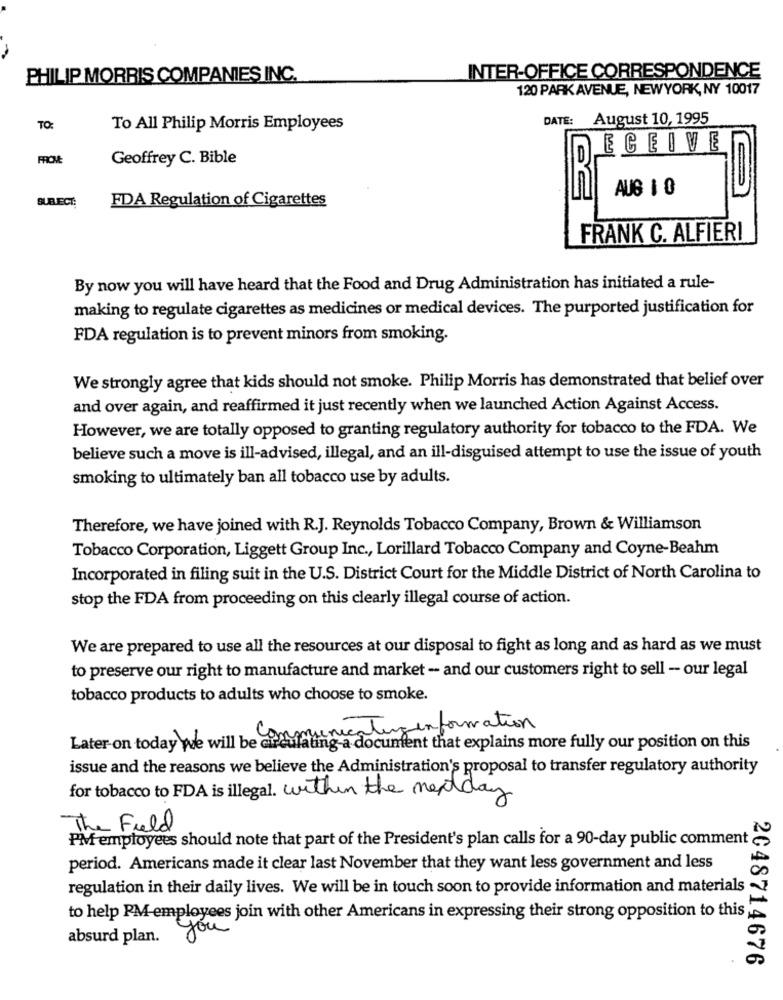
PHILIP MORRIS COMPANIES INC.
INTER-OFFICE CORRESPONDENCE
120 PARK AVENUE, NEWYORK, NY 10017
DATE: August 10, 1995
TO:
To All Philip Morris Employees
ECEIVE
FROM
Geoffrey C. Bible
AUG 1 0
FDA Regulation of Cigarettes
FRANK C. ALFIERI
By now you will have heard that the Food and Drug Administration has initiated a rule-
making to regulate cigarettes as medicines or medical devices. The purported justification for
FDA regulation is to prevent minors from smoking.
We strongly agree that kids should not smoke. Philip Morris has demonstrated that belief over
and over again, and reaffirmed it just recently when we launched Action Against Access.
However, we are totally opposed to granting regulatory authority for tobacco to the FDA. We
believe such a move is ill-advised, illegal, and an ill-disguised attempt to use the issue of youth
smoking to ultimately ban all tobacco use by adults.
Therefore, we have joined with R.J. Reynolds Tobacco Company, Brown & Williamson
Tobacco Corporation, Liggett Group Inc ., Lorillard Tobacco Company and Coyne-Beahm
Incorporated in filing suit in the U.S. District Court for the Middle District of North Carolina to
stop the FDA from proceeding on this clearly illegal course of action.
We are prepared to use all the resources at our disposal to fight as long and as hard as we must
to preserve our right to manufacture and market - and our customers right to sell - our legal
tobacco products to adults who choose to smoke.
Later on today we will be comprienicaling information
faling a document that explains more fully our position on this
issue and the reasons we believe the Administration's proposal to transfer regulatory authority
for tobacco to FDA is illegal. within the nextday
The Field
PM employees should note that part of the President's plan calls for a 90-day public comment
period. Americans made it clear last November that they want less government and less
regulation in their daily lives. We will be in touch soon to provide information and materials
to help PM-employees join with other Americans in expressing their strong opposition to this
absurd plan. you
2048714676